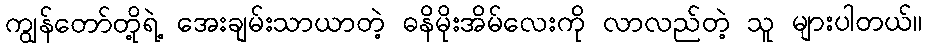
ကျွန်တော်တို့ရဲ့ အေးချမ်းသာယာတဲ့ ဓနိမိုးအိမ်လေးကို လာလည်တဲ့ သူ များပါတယ်။